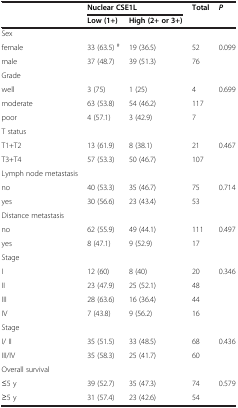
<table><thead><tr><td><b> </b></td><td colspan="2"><b>Nuclear CSE1L</b></td><td><b>Total</b></td><td><b><i>P</i></b></td></tr><tr><td><b> </b></td><td><b>Low (1+)</b></td><td><b>High (2+ or 3+)</b></td><td><b> </b></td><td><b> </b></td></tr></thead><tbody><tr><td>Sex</td><td> </td><td> </td><td> </td><td> </td></tr><tr><td>female</td><td>33 (63.5) <sup>#</sup></td><td>19 (36.5)</td><td>52</td><td>0.099</td></tr><tr><td>male</td><td>37 (48.7)</td><td>39 (51.3)</td><td>76</td><td> </td></tr><tr><td>Grade</td><td> </td><td> </td><td> </td><td> </td></tr><tr><td>well</td><td>3 (75)</td><td>1 (25)</td><td>4</td><td>0.699</td></tr><tr><td>moderate</td><td>63 (53.8)</td><td>54 (46.2)</td><td>117</td><td> </td></tr><tr><td>poor</td><td>4 (57.1)</td><td>3 (42.9)</td><td>7</td><td> </td></tr><tr><td>T status</td><td> </td><td> </td><td> </td><td> </td></tr><tr><td>T1+T2</td><td>13 (61.9)</td><td>8 (38.1)</td><td>21</td><td>0.467</td></tr><tr><td>T3+T4</td><td>57 (53.3)</td><td>50 (46.7)</td><td>107</td><td> </td></tr><tr><td>Lymph node metastasis</td><td> </td><td> </td><td> </td><td> </td></tr><tr><td>no</td><td>40 (53.3)</td><td>35 (46.7)</td><td>75</td><td>0.714</td></tr><tr><td>yes</td><td>30 (56.6)</td><td>23 (43.4)</td><td>53</td><td> </td></tr><tr><td>Distance metastasis</td><td> </td><td> </td><td> </td><td> </td></tr><tr><td>no</td><td>62 (55.9)</td><td>49 (44.1)</td><td>111</td><td>0.497</td></tr><tr><td>yes</td><td>8 (47.1)</td><td>9 (52.9)</td><td>17</td><td> </td></tr><tr><td>Stage</td><td> </td><td> </td><td> </td><td> </td></tr><tr><td>I</td><td>12 (60)</td><td>8 (40)</td><td>20</td><td>0.346</td></tr><tr><td>II</td><td>23 (47.9)</td><td>25 (52.1)</td><td>48</td><td> </td></tr><tr><td>III</td><td>28 (63.6)</td><td>16 (36.4)</td><td>44</td><td> </td></tr><tr><td>IV</td><td>7 (43.8)</td><td>9 (56.2)</td><td>16</td><td> </td></tr><tr><td>Stage</td><td> </td><td> </td><td> </td><td> </td></tr><tr><td>I/ II</td><td>35 (51.5)</td><td>33 (48.5)</td><td>68</td><td>0.436</td></tr><tr><td>III/IV</td><td>35 (58.3)</td><td>25 (41.7)</td><td>60</td><td> </td></tr><tr><td>Overall survival</td><td> </td><td> </td><td> </td><td> </td></tr><tr><td>≤5 y</td><td>39 (52.7)</td><td>35 (47.3)</td><td>74</td><td>0.579</td></tr><tr><td>≥5 y</td><td>31 (57.4)</td><td>23 (42.6)</td><td>54</td><td> </td></tr></tbody></table>